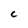
Character: C